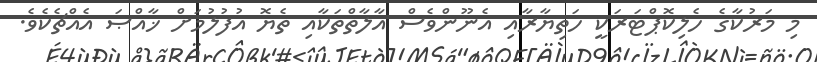
މި މަރުކާގެ ހެލިކޮޕްޓަރަކީ ހަތިޔާރާއި އެނޫންވެސް އާލާތްތަކާއި ތެޔޮ އުފުލުމަށް ޚާއްޞަ އެއްޗެކެވެ.